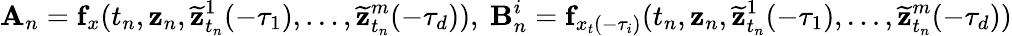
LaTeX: \mathbf{A}_{n}=\mathbf{f}_{x}(t_{n},\mathbf{z}_{n},{\widetilde{\mathbf{z}}}_{t_{n}}^{1}(-\tau_{1}),\ldots,{\widetilde{\mathbf{z}}}_{t_{n}}^{m}(-\tau_{d})),{\mathrm{~}}\mathbf{B}_{n}^{i}=\mathbf{f}_{x_{t}(-\tau_{i})}(t_{n},\mathbf{z}_{n},{\widetilde{\mathbf{z}}}_{t_{n}}^{1}(-\tau_{1}),\ldots,{\widetilde{\mathbf{z}}}_{t_{n}}^{m}(-\tau_{d}))